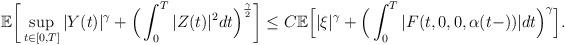
LaTeX: \begin{align*} \begin{aligned} &\mathbb{E}\bigg[\sup\limits_{t\in[0,T]}|Y(t)|^\gamma+\Big(\int_0^T|Z(t)|^2dt\Big)^\frac{\gamma}{2}\bigg] \leq C\mathbb{E}\Big[ |\xi|^\gamma+\Big(\int_0^T|F(t,0,0,\alpha(t-))| dt\Big)^\gamma\Big]. \end{aligned}\end{align*}